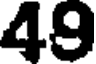
49